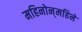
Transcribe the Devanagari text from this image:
महिनोन्‌महिने